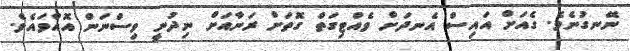
ނޭނގުނެވެ. ގެއަށް އައިސް އެނދަށް ވެއްޓިގަތް ގޮތަށް ރަނާއަށް ނިދުނީ ވިސްނަން އޮއްވައެވެ.